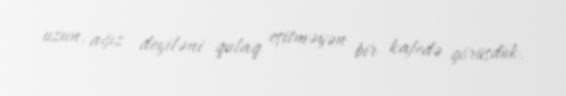
uzun, ağız deyiləni qulaq eşitməyən bir kafedə görüşdük.